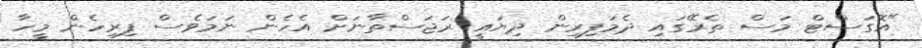
"އޮގަސްޓް މަސް ތެރޭގައި ދެމަފިރިން ދިޔައީ ރަޖަސްތާނަށް އެހެން ނަމަވެސް ފިރިހެން މީހާ